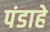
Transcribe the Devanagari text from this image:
पंडाहे